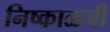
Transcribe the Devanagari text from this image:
निष्काळजी